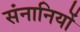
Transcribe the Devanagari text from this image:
संनानियों